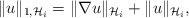
LaTeX: \begin{align*}\|u\|_{1,\mathcal{H}_i}= \|\nabla u \|_{\mathcal{H}_i}+\|u\|_{\mathcal{H}_i},\end{align*}